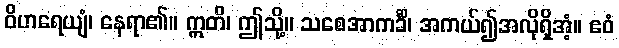
ဝိဟရေယျံ၊ နေရာ၏။ ဣတိ၊ ဤသို့။ သစေအာကင်္ခိ၊ အကယ်၍အလိုရှိအံ့။ ဧဝံ